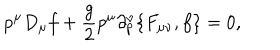
p ^ { \mu } D _ { \mu } f + { \frac { g } { 2 } } p ^ { \mu } \partial _ { p } ^ { \nu } \{ F _ { \mu \nu } , f \} = 0 ,